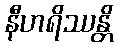
နီဟရိဿန္တိ